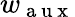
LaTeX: w_{\mathrm{~a~u~x~}}